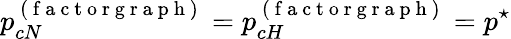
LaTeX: p_{cN}^{\mathrm{~(~f~a~c~t~o~r~g~r~a~p~h~)~}}=p_{cH}^{\mathrm{~(~f~a~c~t~o~r~g~r~a~p~h~)~}}=p^{\star}